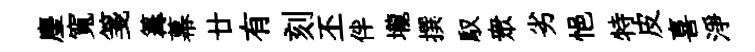
麈寬箋篝幕廿有刻丕伴壠撰馭衆劣悒特皮喜淨